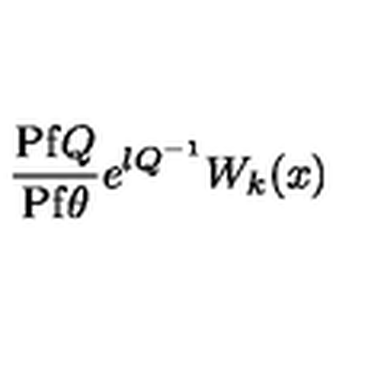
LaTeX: \frac { \mathrm { P f } Q } { \mathrm { P f } \theta } e ^ { \l Q ^ { - 1 } } W _ { k } ( x )